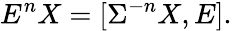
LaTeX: \displaystyle E^{n}X=[\Sigma^{-n}X,E].